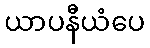
ယာပနီယံပေ